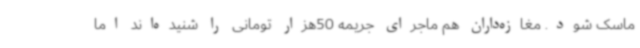
ماسک شود. مغازه‌داران هم ماجرای جریمه 50هزار تومانی را شنیده‌اند اما